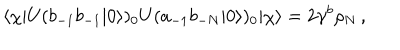
\langle \chi | U ( b _ { - 1 } b _ { - 1 } | 0 \rangle ) _ { 0 } U ( a _ { - 1 } b _ { - N } | 0 \rangle ) _ { 0 } | \chi \rangle = 2 \gamma ^ { b } \rho _ { N } \, ,